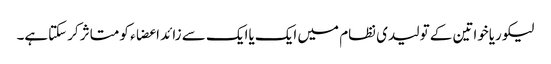
لیکوریاخواتین کے تولیدی نظام میں ایک یاایک سے زائد اعضاء کو متاثر کرسکتاہے۔